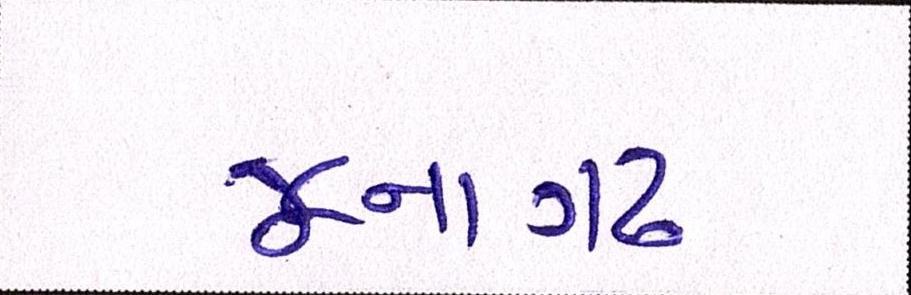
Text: જૂનાગઢ